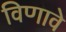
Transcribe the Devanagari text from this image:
विणावे